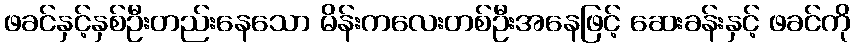
ဖခင်နှင့်နှစ်ဦးတည်းနေသော မိန်းကလေးတစ်ဦးအနေဖြင့် ဆေးခန်းနှင့် ဖခင်ကို